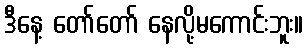
ဒီနေ့ တော်တော် နေလို့မကောင်းဘူး။